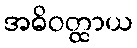
အဓိဝတ္ထာယ